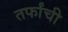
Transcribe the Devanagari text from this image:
तर्फांची